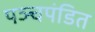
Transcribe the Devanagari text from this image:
पञ्चपंडित